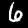
Digit: 6